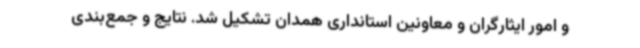
و امور ایثارگران و معاونین استانداری همدان تشکیل شد. نتایج و جمع‌بندی